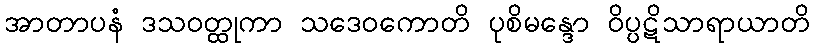
အာတာပနံ ဒသဝတ္ထုကာ သဒေဝကောတိ ပုစိမန္ဒော ဝိပ္ပဋိသာရာယာတိ